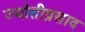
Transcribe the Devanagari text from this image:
ज्योतीप्रसाद